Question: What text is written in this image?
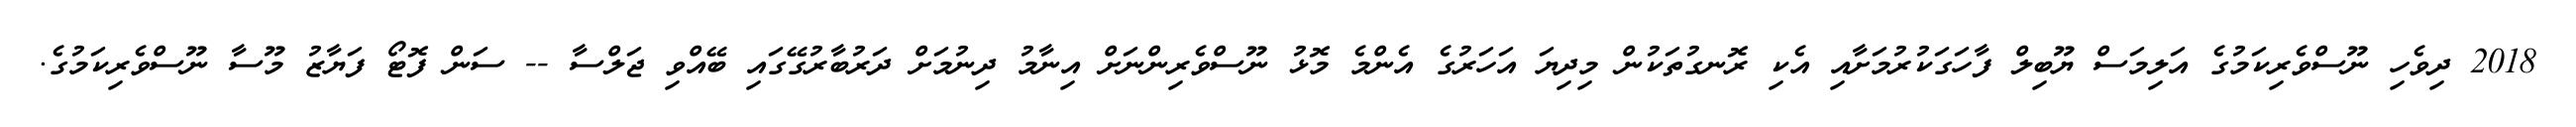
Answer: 2018 ދިވެހި ނޫސްވެރިކަމުގެ އަލިމަސް ޔޫބިލް ފާހަގަކުރުމަށާއި އެކި ރޮނގުތަކުން މިދިޔަ އަހަރުގެ އެންމެ މޮޅު ނޫސްވެރިންނަށް އިނާމު ދިނުމަށް ދަރުބާރުގޭގައި ބޭއްވި ޖަލްސާ -- ސަން ފޮޓޯ ފަޔާޒު މޫސާ ނޫސްވެރިކަމުގެ.